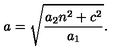
a = \sqrt { \frac { a _ { 2 } n ^ { 2 } + c ^ { 2 } } { a _ { 1 } } } .